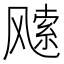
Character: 𩙭